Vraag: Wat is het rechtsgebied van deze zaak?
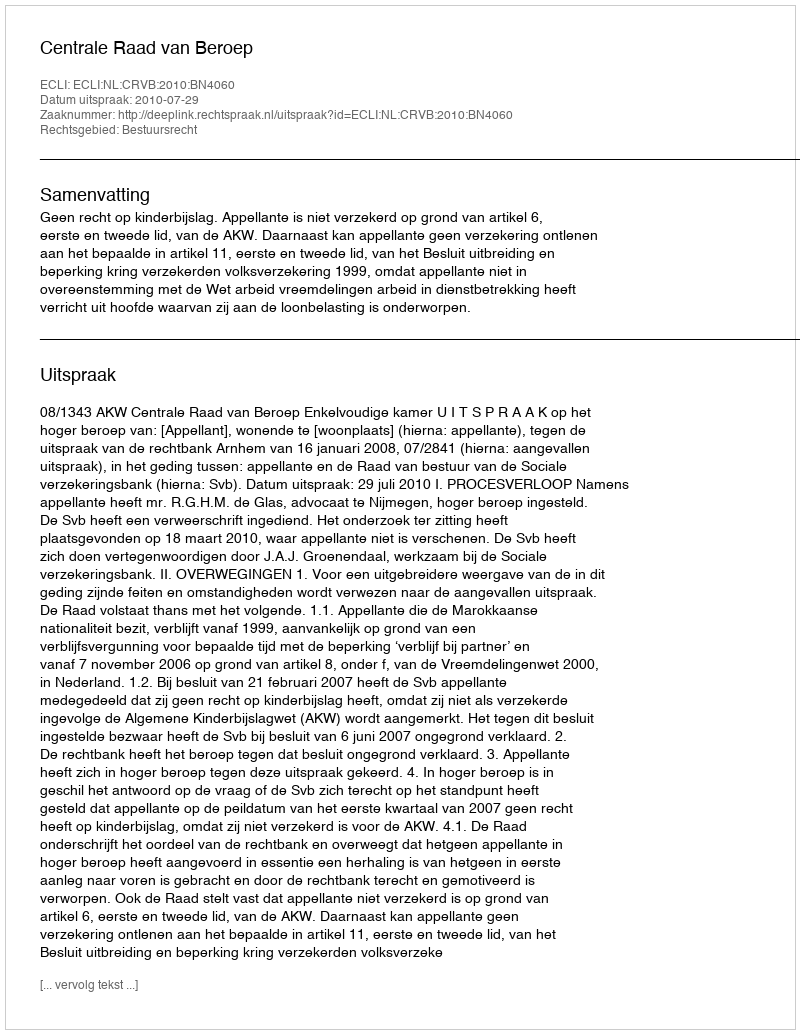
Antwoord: Bestuursrecht